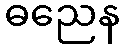
ဓညေန